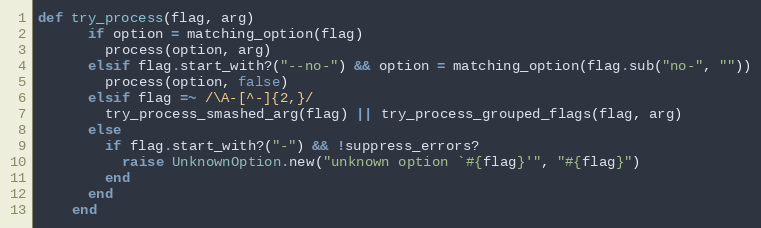
Language: Ruby
def try_process(flag, arg)
      if option = matching_option(flag)
        process(option, arg)
      elsif flag.start_with?("--no-") && option = matching_option(flag.sub("no-", ""))
        process(option, false)
      elsif flag =~ /\A-[^-]{2,}/
        try_process_smashed_arg(flag) || try_process_grouped_flags(flag, arg)
      else
        if flag.start_with?("-") && !suppress_errors?
          raise UnknownOption.new("unknown option `#{flag}'", "#{flag}")
        end
      end
    end